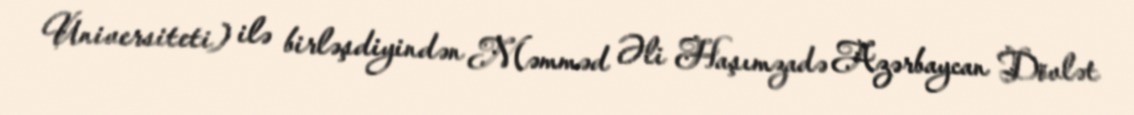
Universiteti) ilə birləşdiyindən Məmməd Əli Haşımzadə Azərbaycan Dövlət